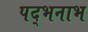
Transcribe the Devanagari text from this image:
पद्भनाभ